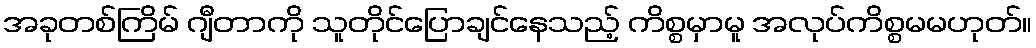
အခုတစ်ကြိမ် ဂျီတာကို သူတိုင်ပြောချင်နေသည့် ကိစ္စမှာမူ အလုပ်ကိစ္စမမဟုတ်။